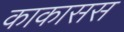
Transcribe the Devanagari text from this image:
काकासस